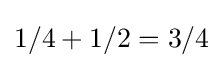
1/4+1/2=3/4